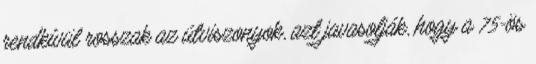
rendkívül rosszak az útviszonyok, azt javasolják, hogy a 75-ös